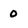
Character: 0